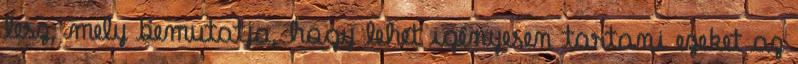
lesz, mely bemutatja, hogy lehet igényesen tartani ezeket az